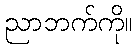
ညာဘက်ကို။